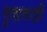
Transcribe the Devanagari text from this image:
पुलावरही